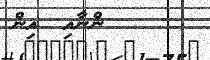
ންނާއި  އިން